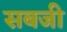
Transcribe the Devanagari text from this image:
सबजी